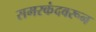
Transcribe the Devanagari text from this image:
समरकंदवरून